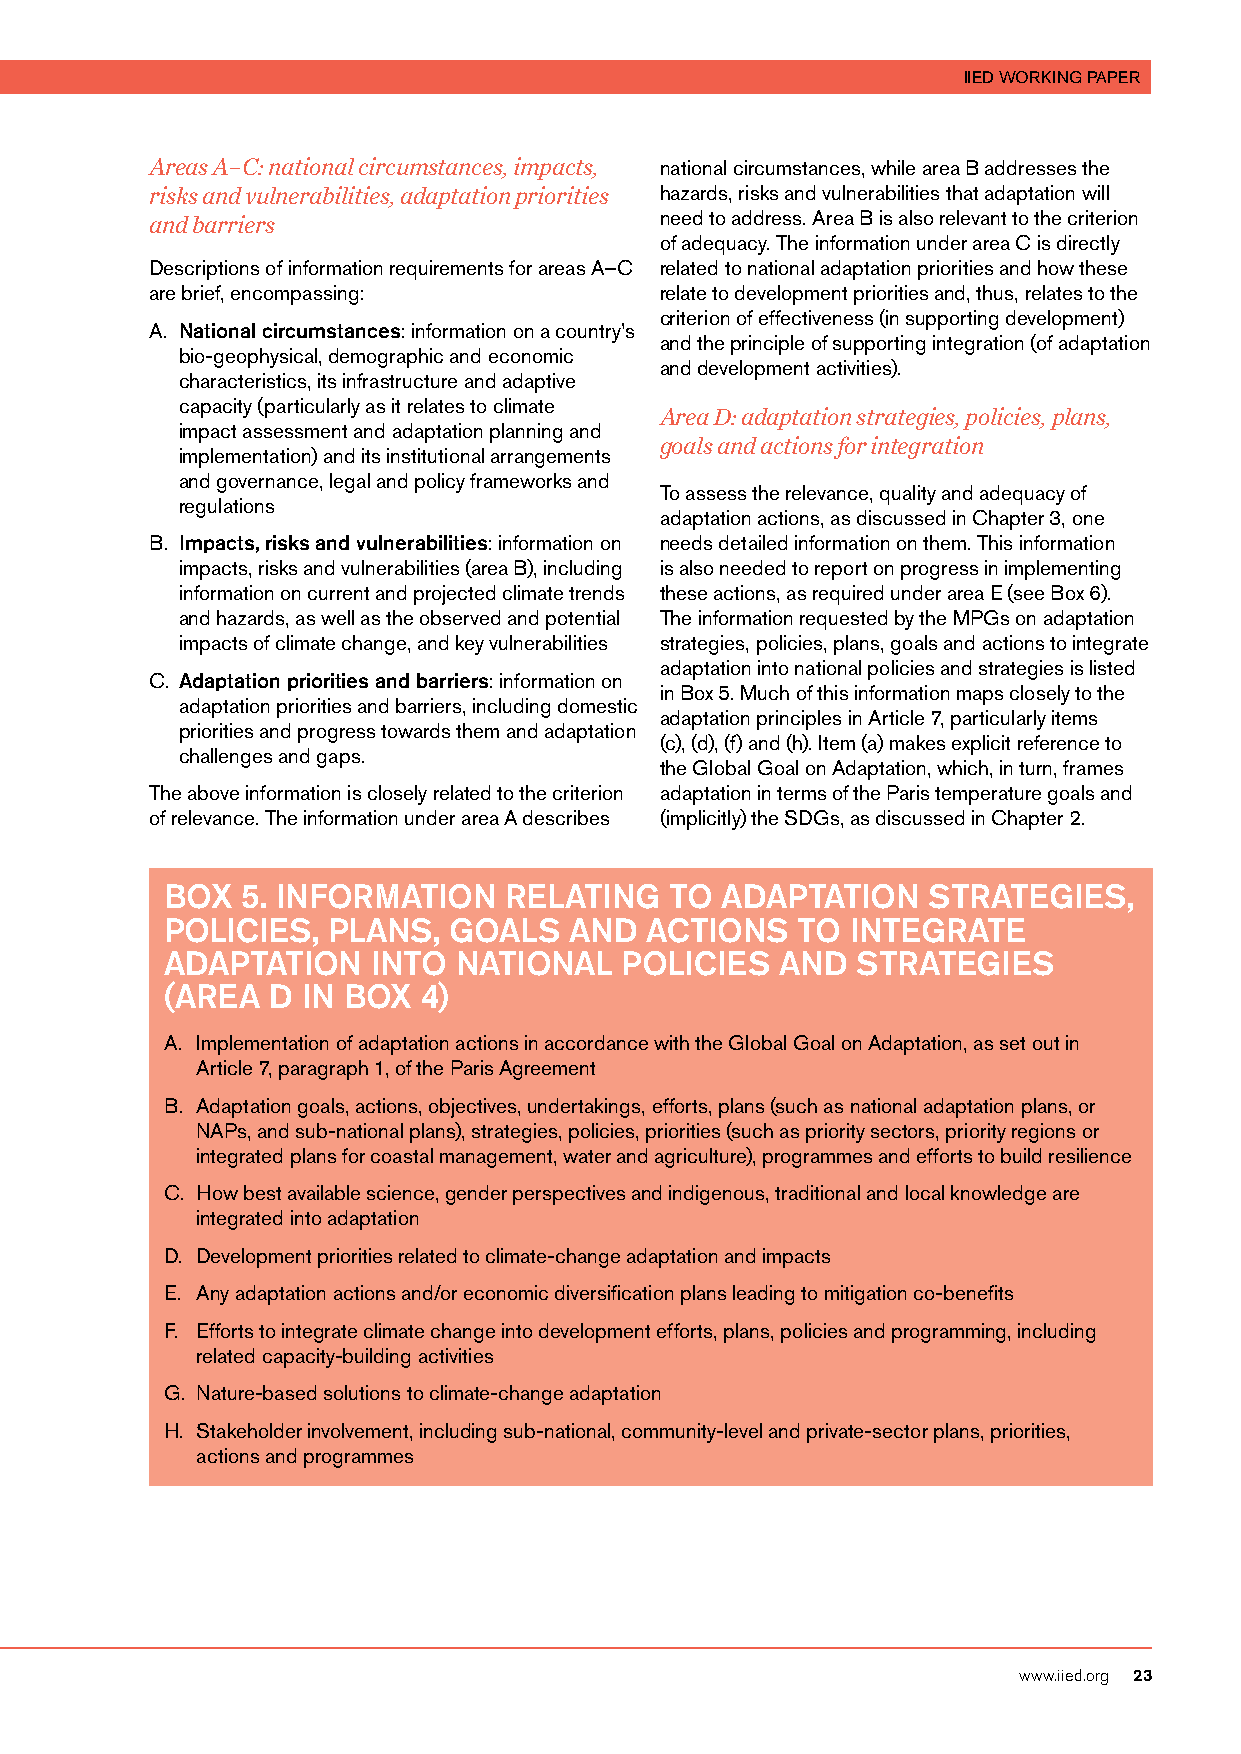
IIED WORKING PAPER
 Areas A–C: national circumstances, impacts, national circumstances, while area B addresses the
 risks and vulnerabilities, adaptation priorities hazards, risks and vulnerabilities that adaptation will
 need to address. Area B is also relevant to the criterion
 and barriers
 of adequacy. The information under area C is directly
 Descriptions of information requirements for areas A–C related to national adaptation priorities and how these
 are brief, encompassing:          relate to development priorities and, thus, relates to the
 criterion of effectiveness (in supporting development)
 A. National circumstances: information on a country’s
 and the principle of supporting integration (of adaptation
 bio-geophysical, demographic and economic
 and development activities).
 characteristics, its infrastructure and adaptive
 capacity (particularly as it relates to climate
 Area D: adaptation strategies, policies, plans,
 impact assessment and adaptation planning and
 goals and actions for integration
 implementation) and its institutional arrangements
 and governance, legal and policy frameworks and
 To assess the relevance, quality and adequacy of
 regulations
 adaptation actions, as discussed in Chapter 3, one
 B. Impacts, risks and vulnerabilities: information on needs detailed information on them. This information
 impacts, risks and vulnerabilities (area B), including is also needed to report on progress in implementing
 information on current and projected climate trends these actions, as required under area E (see Box 6).
 and hazards, as well as the observed and potential The information requested by the MPGs on adaptation
 impacts of climate change, and key vulnerabilities strategies, policies, plans, goals and actions to integrate
 adaptation into national policies and strategies is listed
 C. Adaptation priorities and barriers: information on
 in Box 5. Much of this information maps closely to the
 adaptation priorities and barriers, including domestic
 adaptation principles in Article 7, particularly items
 priorities and progress towards them and adaptation
 (c), (d), (f) and (h). Item (a) makes explicit reference to
 challenges and gaps.
 the Global Goal on Adaptation, which, in turn, frames
 The above information is closely related to the criterion adaptation in terms of the Paris temperature goals and
 of relevance. The information under area A describes (implicitly) the SDGs, as discussed in Chapter 2.
 BOX  5. INFORMATION   RELATING   TO  ADAPTATION   STRATEGIES,
 POLICIES,  PLANS,  GOALS   AND  ACTIONS   TO INTEGRATE
 ADAPTATION    INTO NATIONAL   POLICIES   AND  STRATEGIES
 (AREA  D IN BOX  4)
 A. Implementation of adaptation actions in accordance with the Global Goal on Adaptation, as set out in
 Article 7, paragraph 1, of the Paris Agreement
 B. Adaptation goals, actions, objectives, undertakings, efforts, plans (such as national adaptation plans, or
 NAPs, and sub-national plans), strategies, policies, priorities (such as priority sectors, priority regions or
 integrated plans for coastal management, water and agriculture), programmes and efforts to build resilience
 C. How best available science, gender perspectives and indigenous, traditional and local knowledge are
 integrated into adaptation
 D. Development priorities related to climate-change adaptation and impacts
 E. Any adaptation actions and/or economic diversification plans leading to mitigation co-benefits
 F. Efforts to integrate climate change into development efforts, plans, policies and programming, including
 related capacity-building activities
 G. Nature-based solutions to climate-change adaptation
 H. Stakeholder involvement, including sub-national, community-level and private-sector plans, priorities,
 actions and programmes
 www.iied.org 23